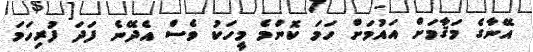
އޭނާގެ މަޤާމަށް އައުމަށް ހަމަ ކޮންމެ މީހަކު ވެސް އެދޭނެ ފަދަ ފުރިހަމަ